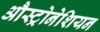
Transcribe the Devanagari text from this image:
औस्ट्रोनेशियन